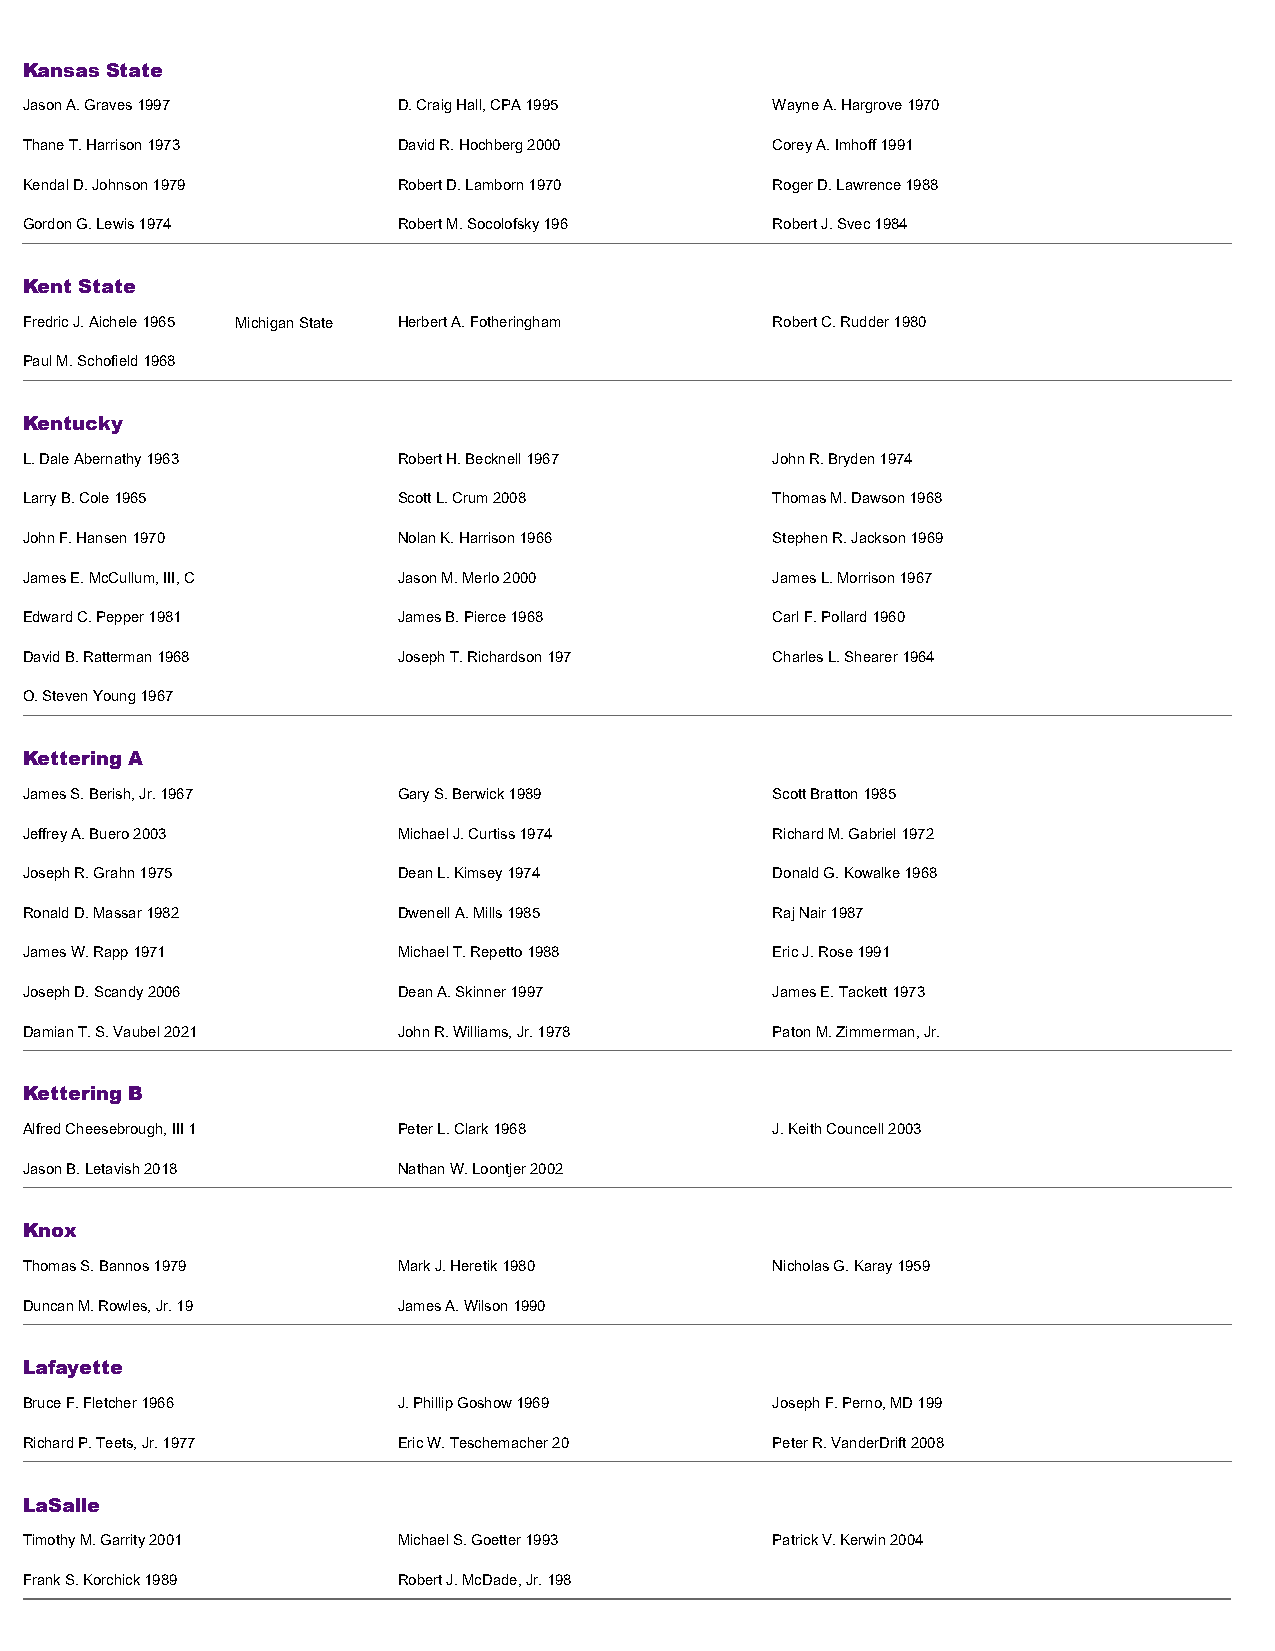
Kansas State
 Jason A. Graves 1997     D. Craig Hall, CPA 1995  Wayne A. Hargrove 1970
 Thane T. Harrison 1973   David R. Hochberg 2000   Corey A. Imhoff 1991
 Kendal D. Johnson 1979   Robert D. Lamborn 1970   Roger D. Lawrence 1988
 Gordon G. Lewis 1974     Robert M. Socolofsky 196 Robert J. Svec 1984
 Kent State
 Fredric J. Aichele 1965 Michigan State Herbert A. Fotheringham Robert C. Rudder 1980
 Paul M. Schofield 1968
 Kentucky
 L. Dale Abernathy 1963   Robert H. Becknell 1967  John R. Bryden 1974
 Larry B. Cole 1965       Scott L. Crum 2008       Thomas M. Dawson 1968
 John F. Hansen 1970      Nolan K. Harrison 1966   Stephen R. Jackson 1969
 James E. McCullum, III, C Jason M. Merlo 2000     James L. Morrison 1967
 Edward C. Pepper 1981    James B. Pierce 1968     Carl F. Pollard 1960
 David B. Ratterman 1968  Joseph T. Richardson 197 Charles L. Shearer 1964
 O. Steven Young 1967
 Kettering A
 James S. Berish, Jr. 1967 Gary S. Berwick 1989    Scott Bratton 1985
 Jeffrey A. Buero 2003    Michael J. Curtiss 1974  Richard M. Gabriel 1972
 Joseph R. Grahn 1975     Dean L. Kimsey 1974      Donald G. Kowalke 1968
 Ronald D. Massar 1982    Dwenell A. Mills 1985    Raj Nair 1987
 James W. Rapp 1971       Michael T. Repetto 1988  Eric J. Rose 1991
 Joseph D. Scandy 2006    Dean A. Skinner 1997     James E. Tackett 1973
 Damian T. S. Vaubel 2021 John R. Williams, Jr. 1978 Paton M. Zimmerman, Jr.
 Kettering B
 Alfred Cheesebrough, III 1 Peter L. Clark 1968    J. Keith Councell 2003
 Jason B. Letavish 2018   Nathan W. Loontjer 2002
 Knox
 Thomas S. Bannos 1979    Mark J. Heretik 1980     Nicholas G. Karay 1959
 Duncan M. Rowles, Jr. 19 James A. Wilson 1990
 Lafayette
 Bruce F. Fletcher 1966   J. Phillip Goshow 1969   Joseph F. Perno, MD 199
 Richard P. Teets, Jr. 1977 Eric W. Teschemacher 20 Peter R. VanderDrift 2008
 LaSalle
 Timothy M. Garrity 2001  Michael S. Goetter 1993  Patrick V. Kerwin 2004
 Frank S. Korchick 1989   Robert J. McDade, Jr. 198